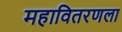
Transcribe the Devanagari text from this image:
महावितरणला